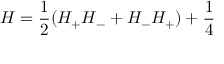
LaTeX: { \cal H } = \frac { 1 } { 2 } ( H _ { + } H _ { - } + H _ { - } H _ { + } ) + \frac { 1 } { 4 }